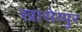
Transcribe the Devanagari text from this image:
खासेय्पुर